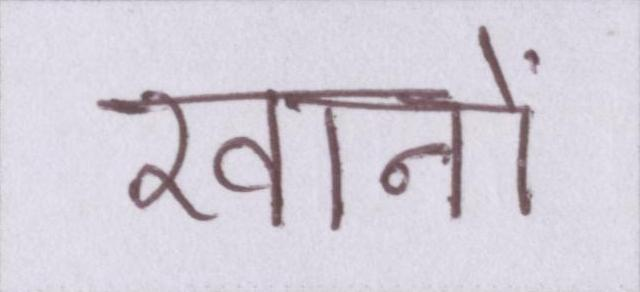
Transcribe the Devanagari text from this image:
खानों